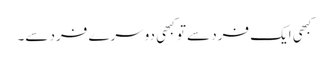
کبھی ایک فرد سے تو کبھی دوسرے فرد سے۔